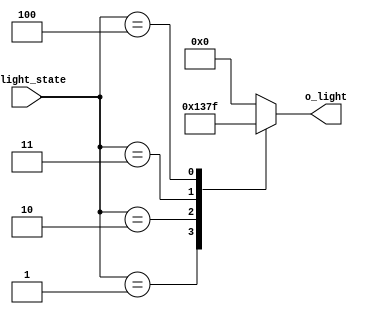
`timescale 1ns / 1ps

module LED_Decoder(
    input[2:0] i_light_state,
    output[3:0] o_light
    );


    reg[3:0] r_light;
    assign o_light = r_light;

    always @(*) begin
        case(i_light_state)
            3'b000 : r_light <= 4'b0000;
            3'b001 : r_light <= 4'b0001;
            3'b010 : r_light <= 4'b0011;
            3'b011 : r_light <= 4'b0111;
            3'b100 : r_light <= 4'b1111;
            default :r_light <= 4'b0000;
        endcase
    end
endmodule